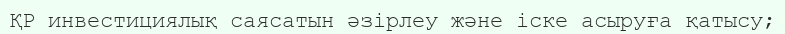
ҚР инвестициялық саясатын әзірлеу және іске асыруға қатысу;